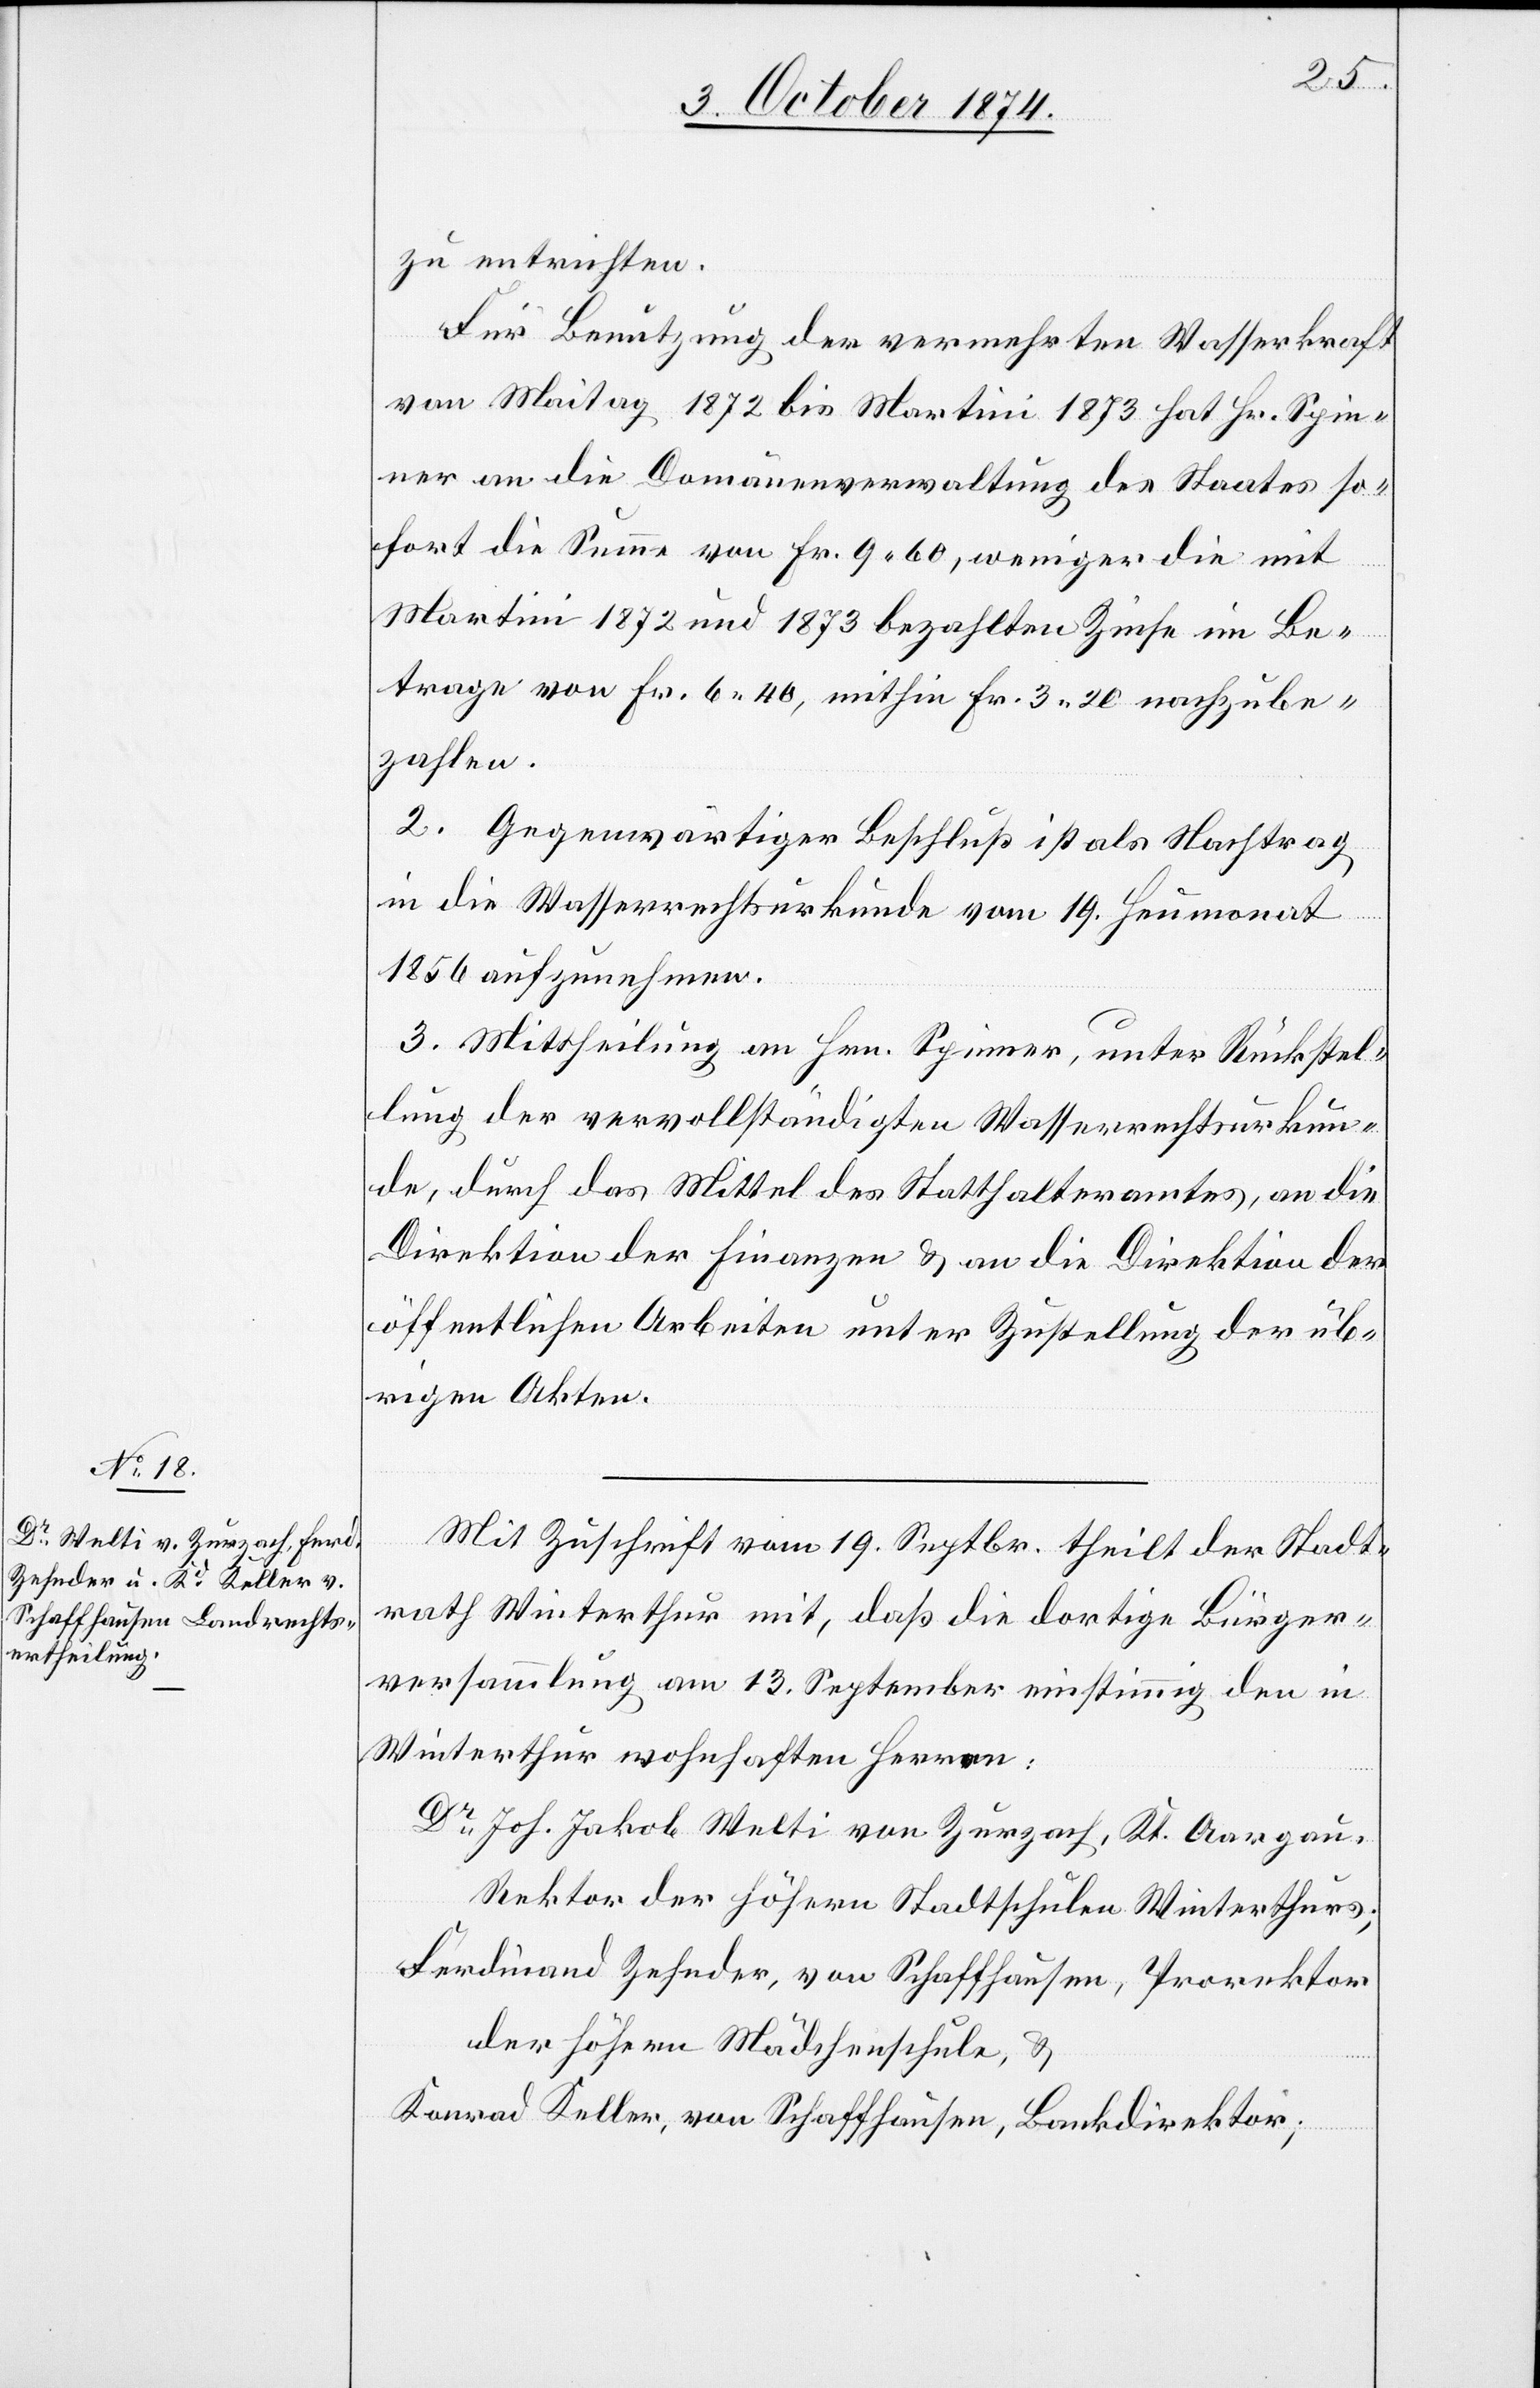
zu entrichten.
Für Benutzung der vermehrten Wasserkraft
von Maitag 1872 bis Martini 1873 hat Hr. Spin¬
ner an die Domänenverwaltung des Staates so¬
fort die Summe von Fr. 9.60, weniger die mit
Martini 1872 und 1873 bezahlten Zinse im Be¬
trage von Fr. 6.40, mithin Fr. 3.20 nachzube¬
zahlen.
2. Gegenwärtiger Beschluß ist als Nachtrag
in die Wasserrechtsurkunde vom 19. Heumonat
1856 aufzunehmen.
3. Mittheilung an Hrn. Spinner, unter Rückstel¬
lung der vervollständigten Wasserrechtsurkun¬
de durch das Mittel des Statthalteramtes, an die
Direktion der Finanzen & an die Direktion der
öffentlichen Arbeiten unter Zustellung der üb¬
rigen Akten.
Mit Zuschrift vom 19. Septbr. theilt der Stadt¬
rath Winterthur mit, daß die dortige Bürger¬
versammlung am 13. September einstimmig den in
Winterthur wohnhaften Herren:
Dr Joh. Jakob Welti von Zurzach, Kt. Aargau,
Rektor der höhern Stadtschulen Winterthurs;
Ferdinand Zehnder, von Schaffhausen, Prorektor
der höhern Mädchenschule, &
Konrad Keller, von Schaffhausen, Bankdirektor;